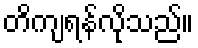
တိကျရန်လိုသည်။